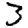
Digit: 3